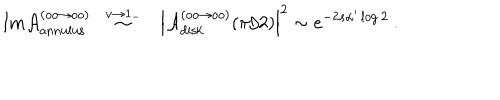
\ \mathrm { I m } { \cal A } _ { \mathrm { a n n u l u s } } ^ { ( o o \to o o ) } \ \ \stackrel { v \to 1 _ { - } } { \sim } \ \ \ \Bigl \vert { \cal A } _ { \mathrm { d i s k } } ^ { ( o o \to o o ) } ( \pi / 2 ) \Bigr \vert ^ { 2 } \sim e ^ { - 2 s \alpha ^ { \prime } \log 2 } \ .